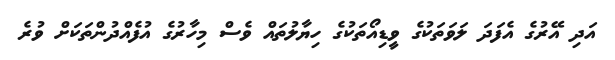
އަދި އޭރުގެ އެފަދަ ލަވަތަކުގެ ވީޑިއޯތަކުގެ ހިޔާލުތައް ވެސް މިހާރުގެ އުފެއްދުންތަކަށް ވުރެ